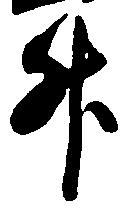
升